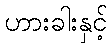
ဟားခါးနှင့်